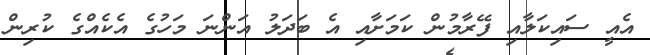
އެއީ ސައިކަލާއި ފޭރާމުން ކަމަށާއި އެ ބަދަލު އަންނަ މަހުގެ އެކެއްގެ ކުރިން